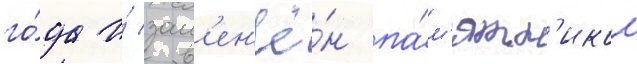
го́да и́ зам'ен'ё́н па́м'ятн'иком